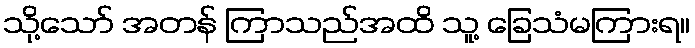
သို့သော် အတန် ကြာသည်အထိ သူ့ ခြေသံမကြားရ။